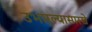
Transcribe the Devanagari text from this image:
उभारल्यासारखे